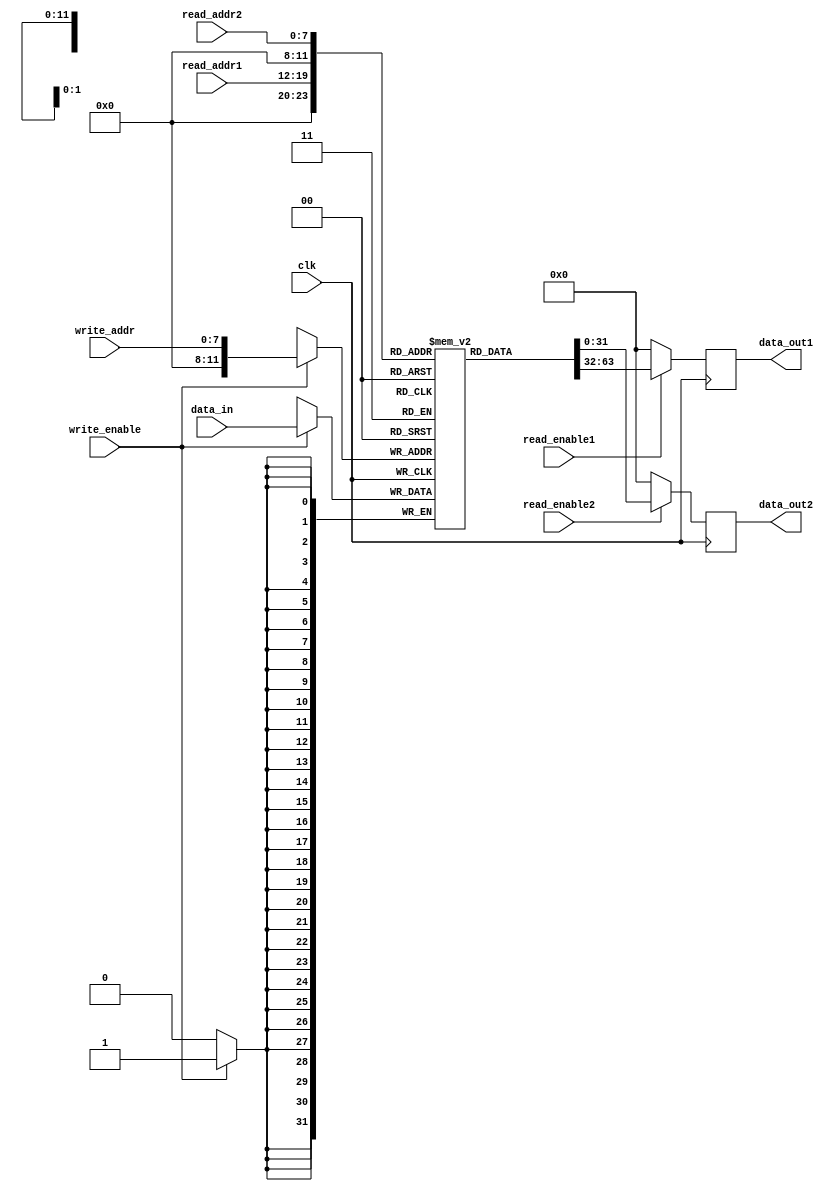
module register_file (
  input wire clk,
  input wire [7:0] read_addr1,
  input wire [7:0] read_addr2,
  input wire [7:0] write_addr,
  input wire [31:0] data_in,
  input wire read_enable1,
  input wire read_enable2,
  input wire write_enable,
  output reg [31:0] data_out1,
  output reg [31:0] data_out2
);

  reg [31:0] mem_blocks [0:255][0:15]; // 256 memory blocks with 16 registers each

  always @ (posedge clk)
  begin
    if (read_enable1)
      data_out1 <= mem_blocks[read_addr1];
    else
      data_out1 <= 32'h0;

    if (read_enable2)
      data_out2 <= mem_blocks[read_addr2];
    else
      data_out2 <= 32'h0;

    if (write_enable)
      mem_blocks[write_addr] <= data_in;
  end

endmodule